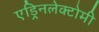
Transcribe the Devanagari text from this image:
एड्रिनलेक्टोमी